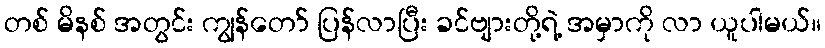
တစ် မိနစ် အတွင်း ကျွန်တော် ပြန်လာပြီး ခင်ဗျားတို့ရဲ့ အမှာကို လာ ယူပါမယ်။